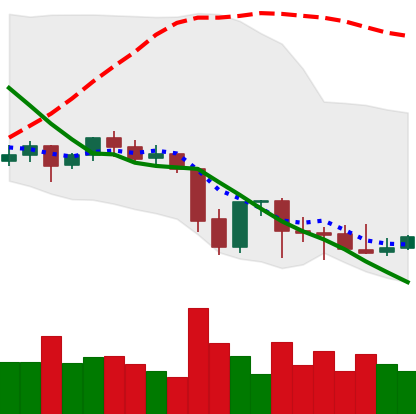
Ticker: ETC-USD
Chart end date: 2021-09-30
Forward return: 15.823%
Label: up_7plus